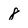
Character: 8